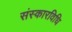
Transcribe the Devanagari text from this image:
संस्कारविधि